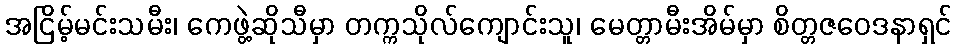
အငြိမ့်မင်းသမီး၊ ကေဖွဲ့ဆိုသီမှာ တက္ကသိုလ်ကျောင်းသူ၊ မေတ္တာမီးအိမ်မှာ စိတ္တဇဝေဒနာရှင်